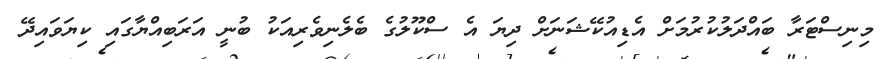
މިނިސްޓަރާ ބައްދަލުކުރުމަށް އެޑިއުކޭޝަނަށް ދިޔަ އެ ސްކޫލުގެ ބެލެނިވެރިއަކު ބުނީ އަރަބިއްޔާގައި ކިޔަވައިދޭ